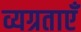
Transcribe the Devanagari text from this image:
व्यग्रताएँ